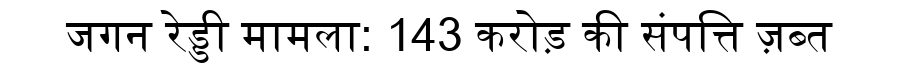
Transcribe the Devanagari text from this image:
जगन रेड्डी मामला: 143 करोड़ की संपत्ति ज़ब्त